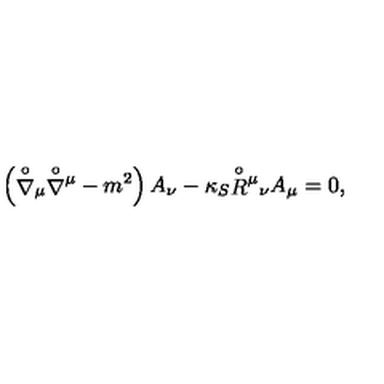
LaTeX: \left( { \stackrel { \circ } { \nabla } } { } _ { \mu } { \stackrel { \circ } { \nabla } } { } ^ { \mu } - m ^ { 2 } \right) A _ { \nu } - \kappa _ { S } { \stackrel { \circ } { R } } { } ^ { \mu } { } _ { \nu } A _ { \mu } = 0 ,